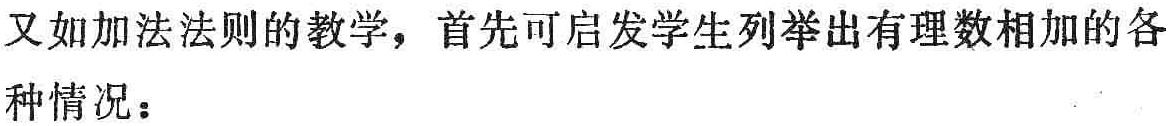
又如加法法则的教学，首先可启发学生列举出有理数相加的各种情况：